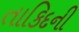
તાકિદની